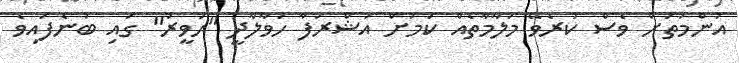
އުންމަތަށް ވެސް ކުރެވޭ މަލާމާތެއް ކަމަށް އަޝްރަފާ ހަވާލާދީ "ހަވީރު" ގައި ބުނެފައިވެ